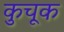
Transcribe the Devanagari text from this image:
कुचूक